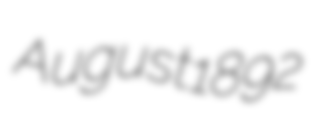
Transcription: August 1892